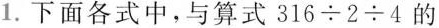
1.下面各式中，与算式$$3 1 6 ÷ 2 ÷ 4$$的